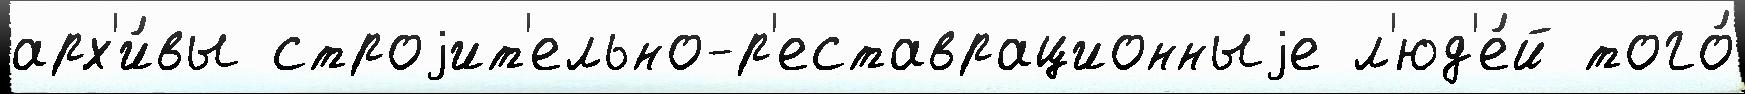
арх'и́вы строjит'ельно-р'еставрационныjе л'юд'е́й того́